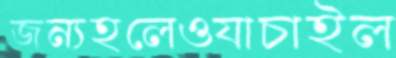
জন্যহলেওযাচাইল